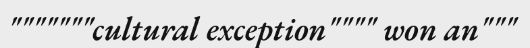
"""""""cultural exception"""" won an"""